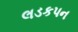
લડકપન